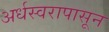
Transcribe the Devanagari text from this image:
अर्धस्वरापासून